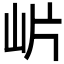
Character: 𭖎